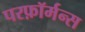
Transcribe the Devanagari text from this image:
परफ़ॉर्मन्स